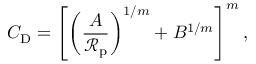
C _ { \mathrm { D } } = \left[ \left( \frac { A } { \mathcal { R } _ { \mathrm { p } } } \right) ^ { 1 / m } + B ^ { 1 / m } \right] ^ { m } ,